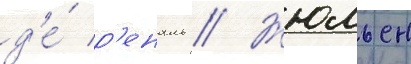
д'е́ р'еналь // Жюльен